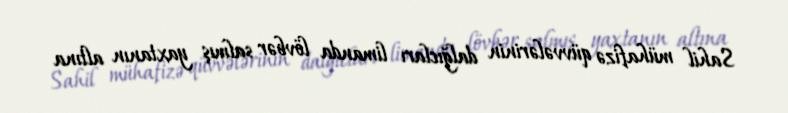
Sahil mühafizə qüvvələrinin dalğıcları limanda lövbər salmış yaxtanın altına